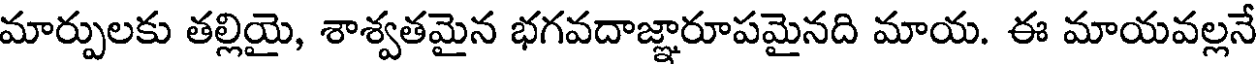
మార్పులకు తల్లియై, శాశ్వతమైన భగవదాజ్ఞారూపమైనది మాయ. ఈ మాయవల్లనే